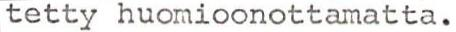
tetty huomioonottamatta.